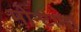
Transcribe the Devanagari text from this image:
मोन्‍टाना